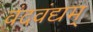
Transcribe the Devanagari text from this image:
वंदवंद्यम्